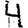
Digit: 4